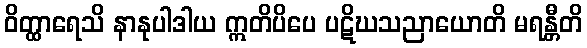
ဝိတ္ထာရေသိ နာနုပါဒါယ ဣတိပိပေ ပဋိဃသညာယောတိ မရန္တီတိ